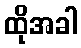
ထိုအခါ